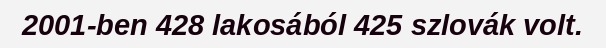
2001-ben 428 lakosából 425 szlovák volt.